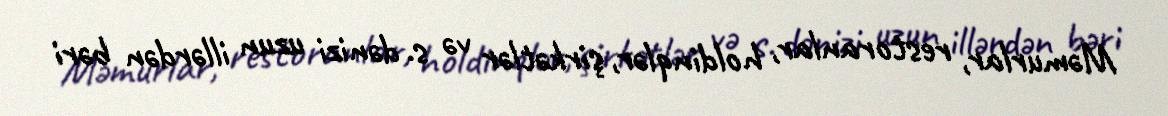
Məmurlar, restoranlar, holdinqlər, şirkətlər və s. dənizi uzun illərdən bəri